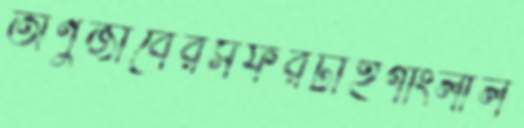
অণুজীবেরসফরটাইগাংলাল